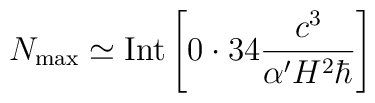
N_{\rm max} \simeq {\rm Int} \left\lbrack 0 \cdot 34 \frac{c^3}{\alpha^\prime H^2 \hbar} \right\rbrack